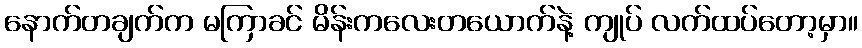
နောက်တချက်က မကြာခင် မိန်းကလေးတယောက်နဲ့ ကျုပ် လက်ထပ်တော့မှာ။